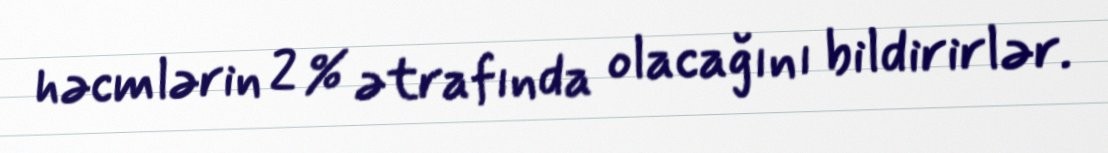
həcmlərin 2 % ətrafında olacağını bildirirlər.